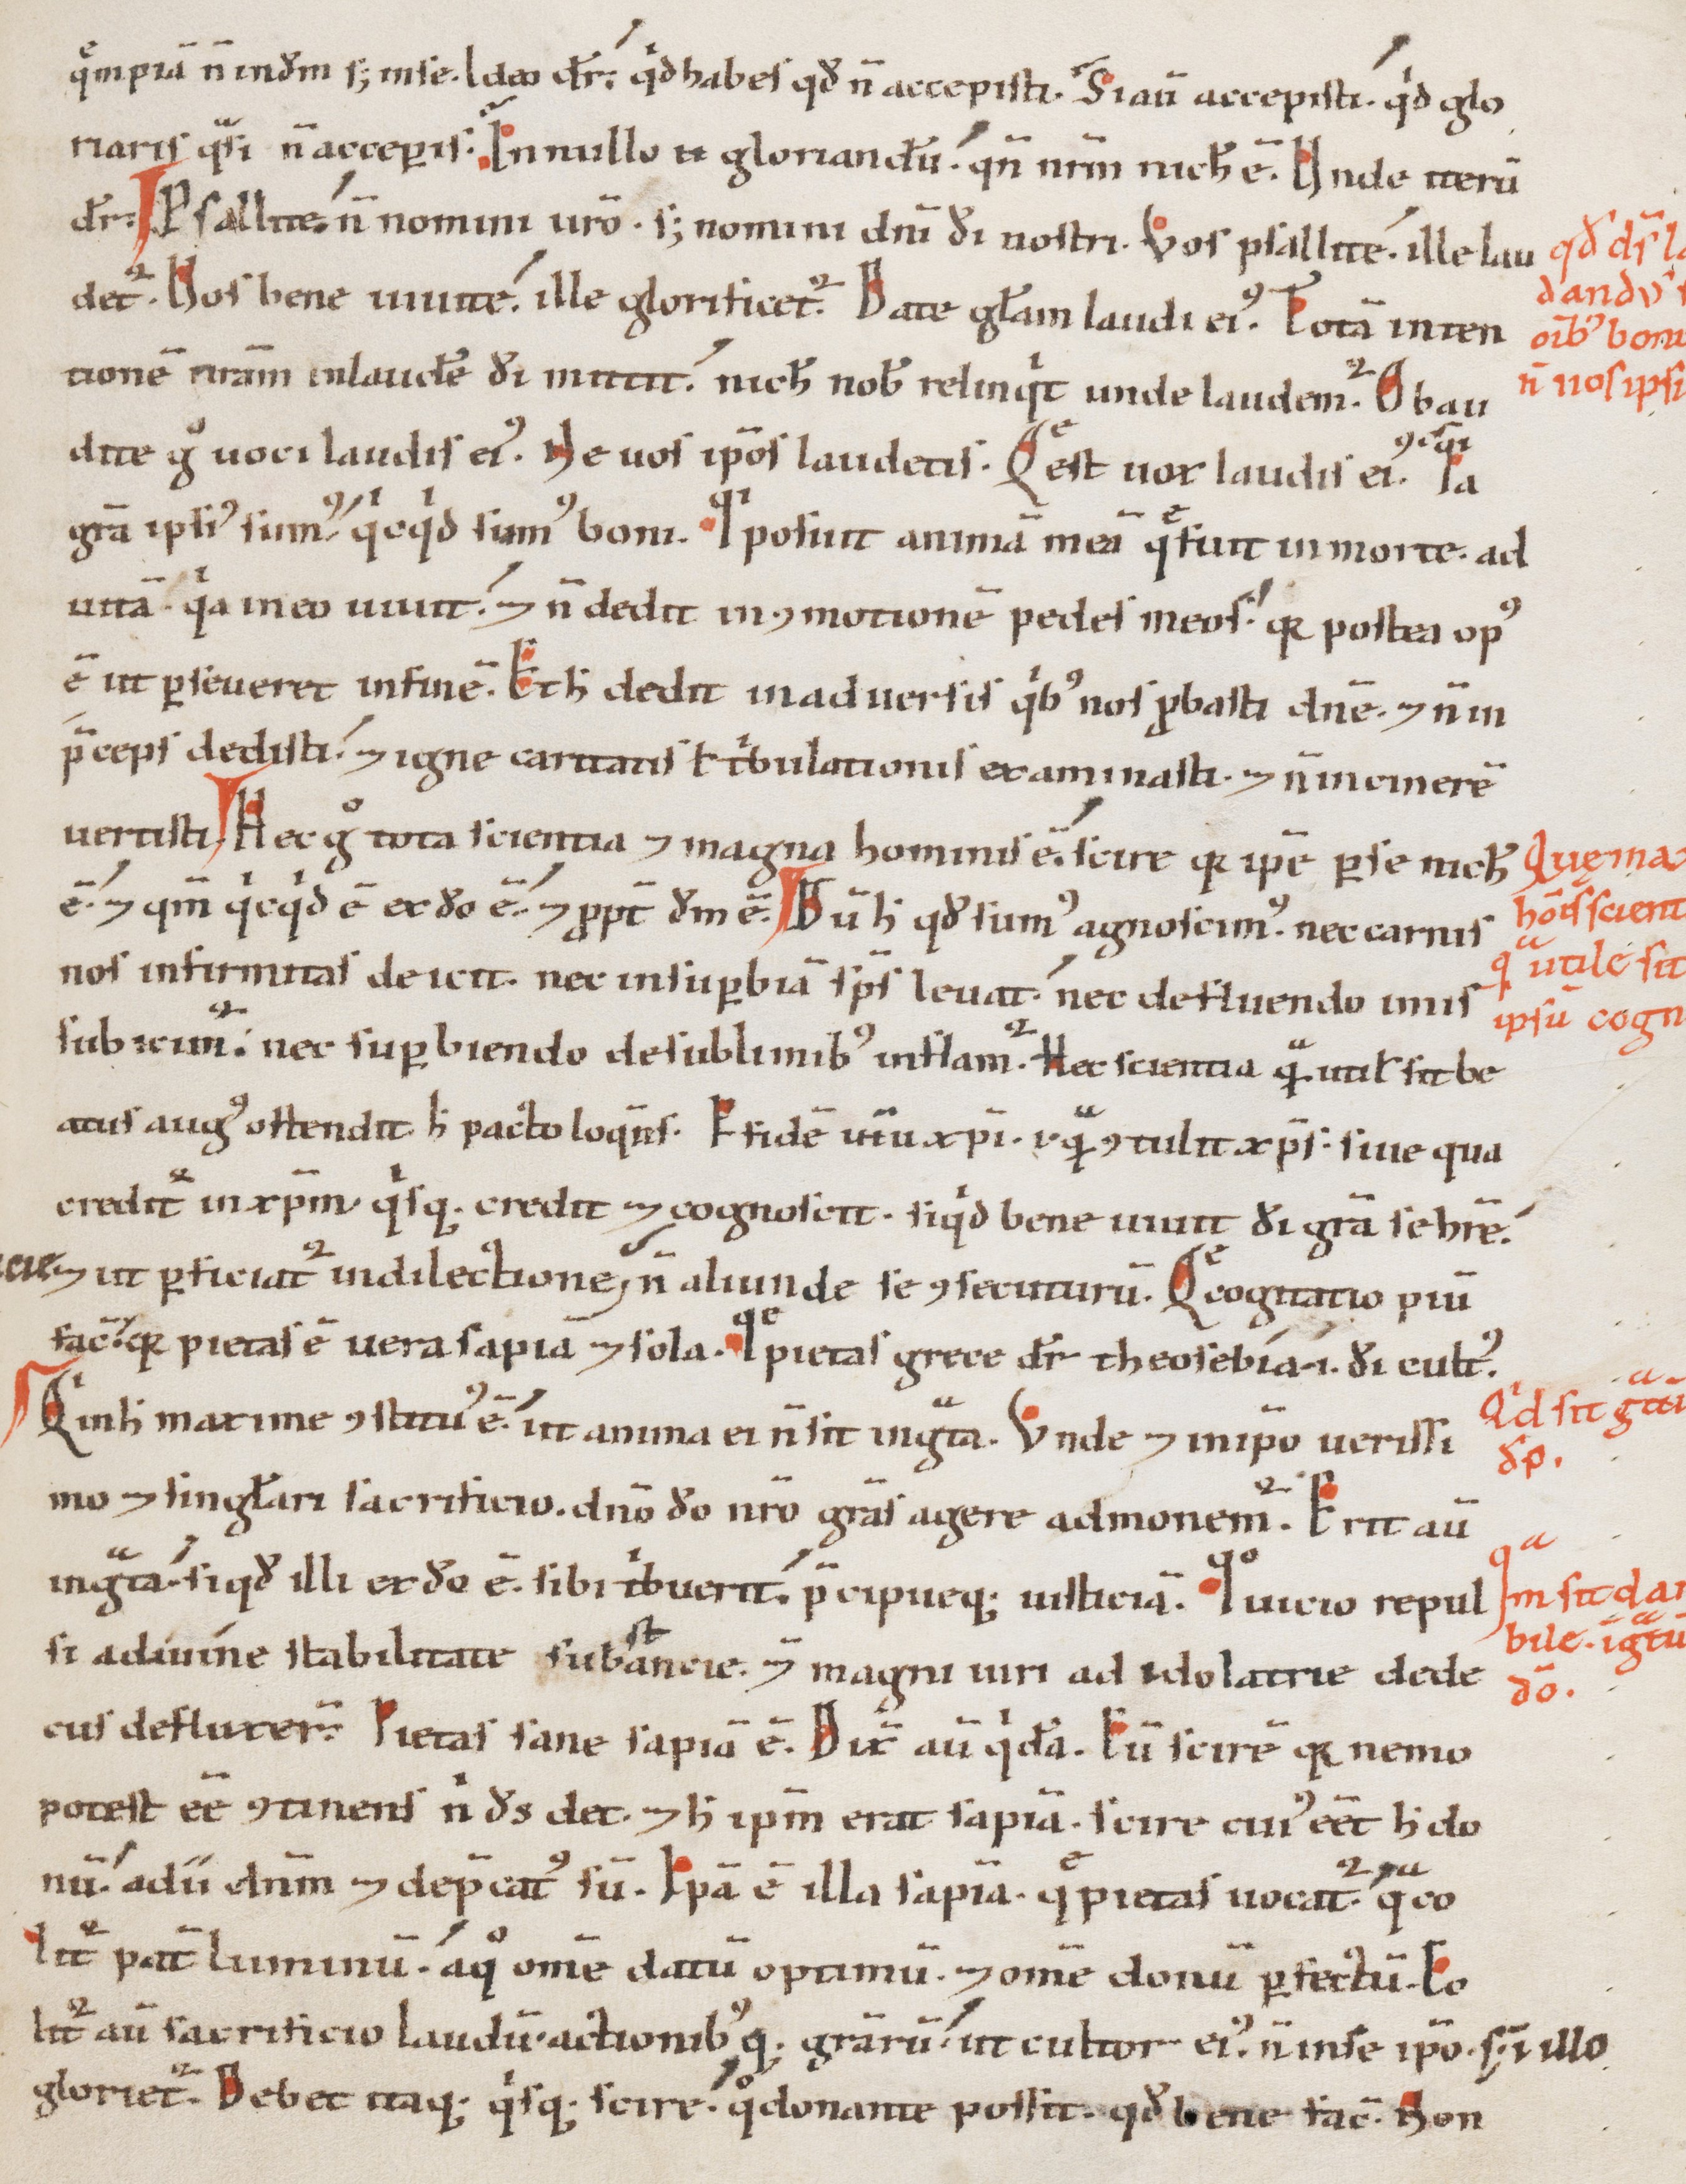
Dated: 1100–1199